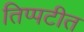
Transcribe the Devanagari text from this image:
तिप्पटीत